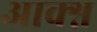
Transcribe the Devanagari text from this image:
आक्श्न